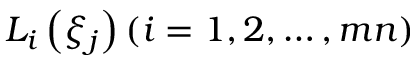
L _ { i } \left( \xi _ { j } \right) ( i = 1 , 2 , \ldots , m n )